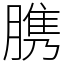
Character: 䐪